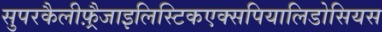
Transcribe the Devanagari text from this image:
सुपरकैलीफ़्रैजाइलिस्टिकएक्सपियालिडोसियस